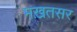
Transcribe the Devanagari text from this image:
मख़तसर